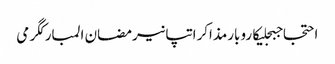
احتجاجبجلیکاروبارمذاکراتپانیرمضان المبارکگرمی